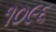
૧૦૯૬